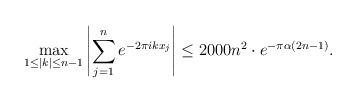
LaTeX: \begin{align*} \max_{1 \leq |k| \leq n-1} \left| \sum_{j=1}^{n} e^{-2 \pi i k x_j} \right| \leq 2000n^2 \cdot e^{-\pi \alpha (2n-1)}.\end{align*}